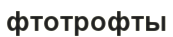
фтотрофты